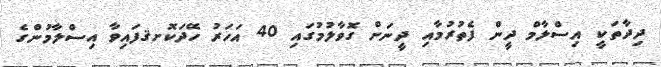
ދިދާތަކީ އިސްލާމް ދީން ފެތުރުމާއި ދީނަށް ގޮވާލުމުގައި 40 އަހަރު ހޭދަކޮށޤފައިވާ އިސްލާމުންގެ